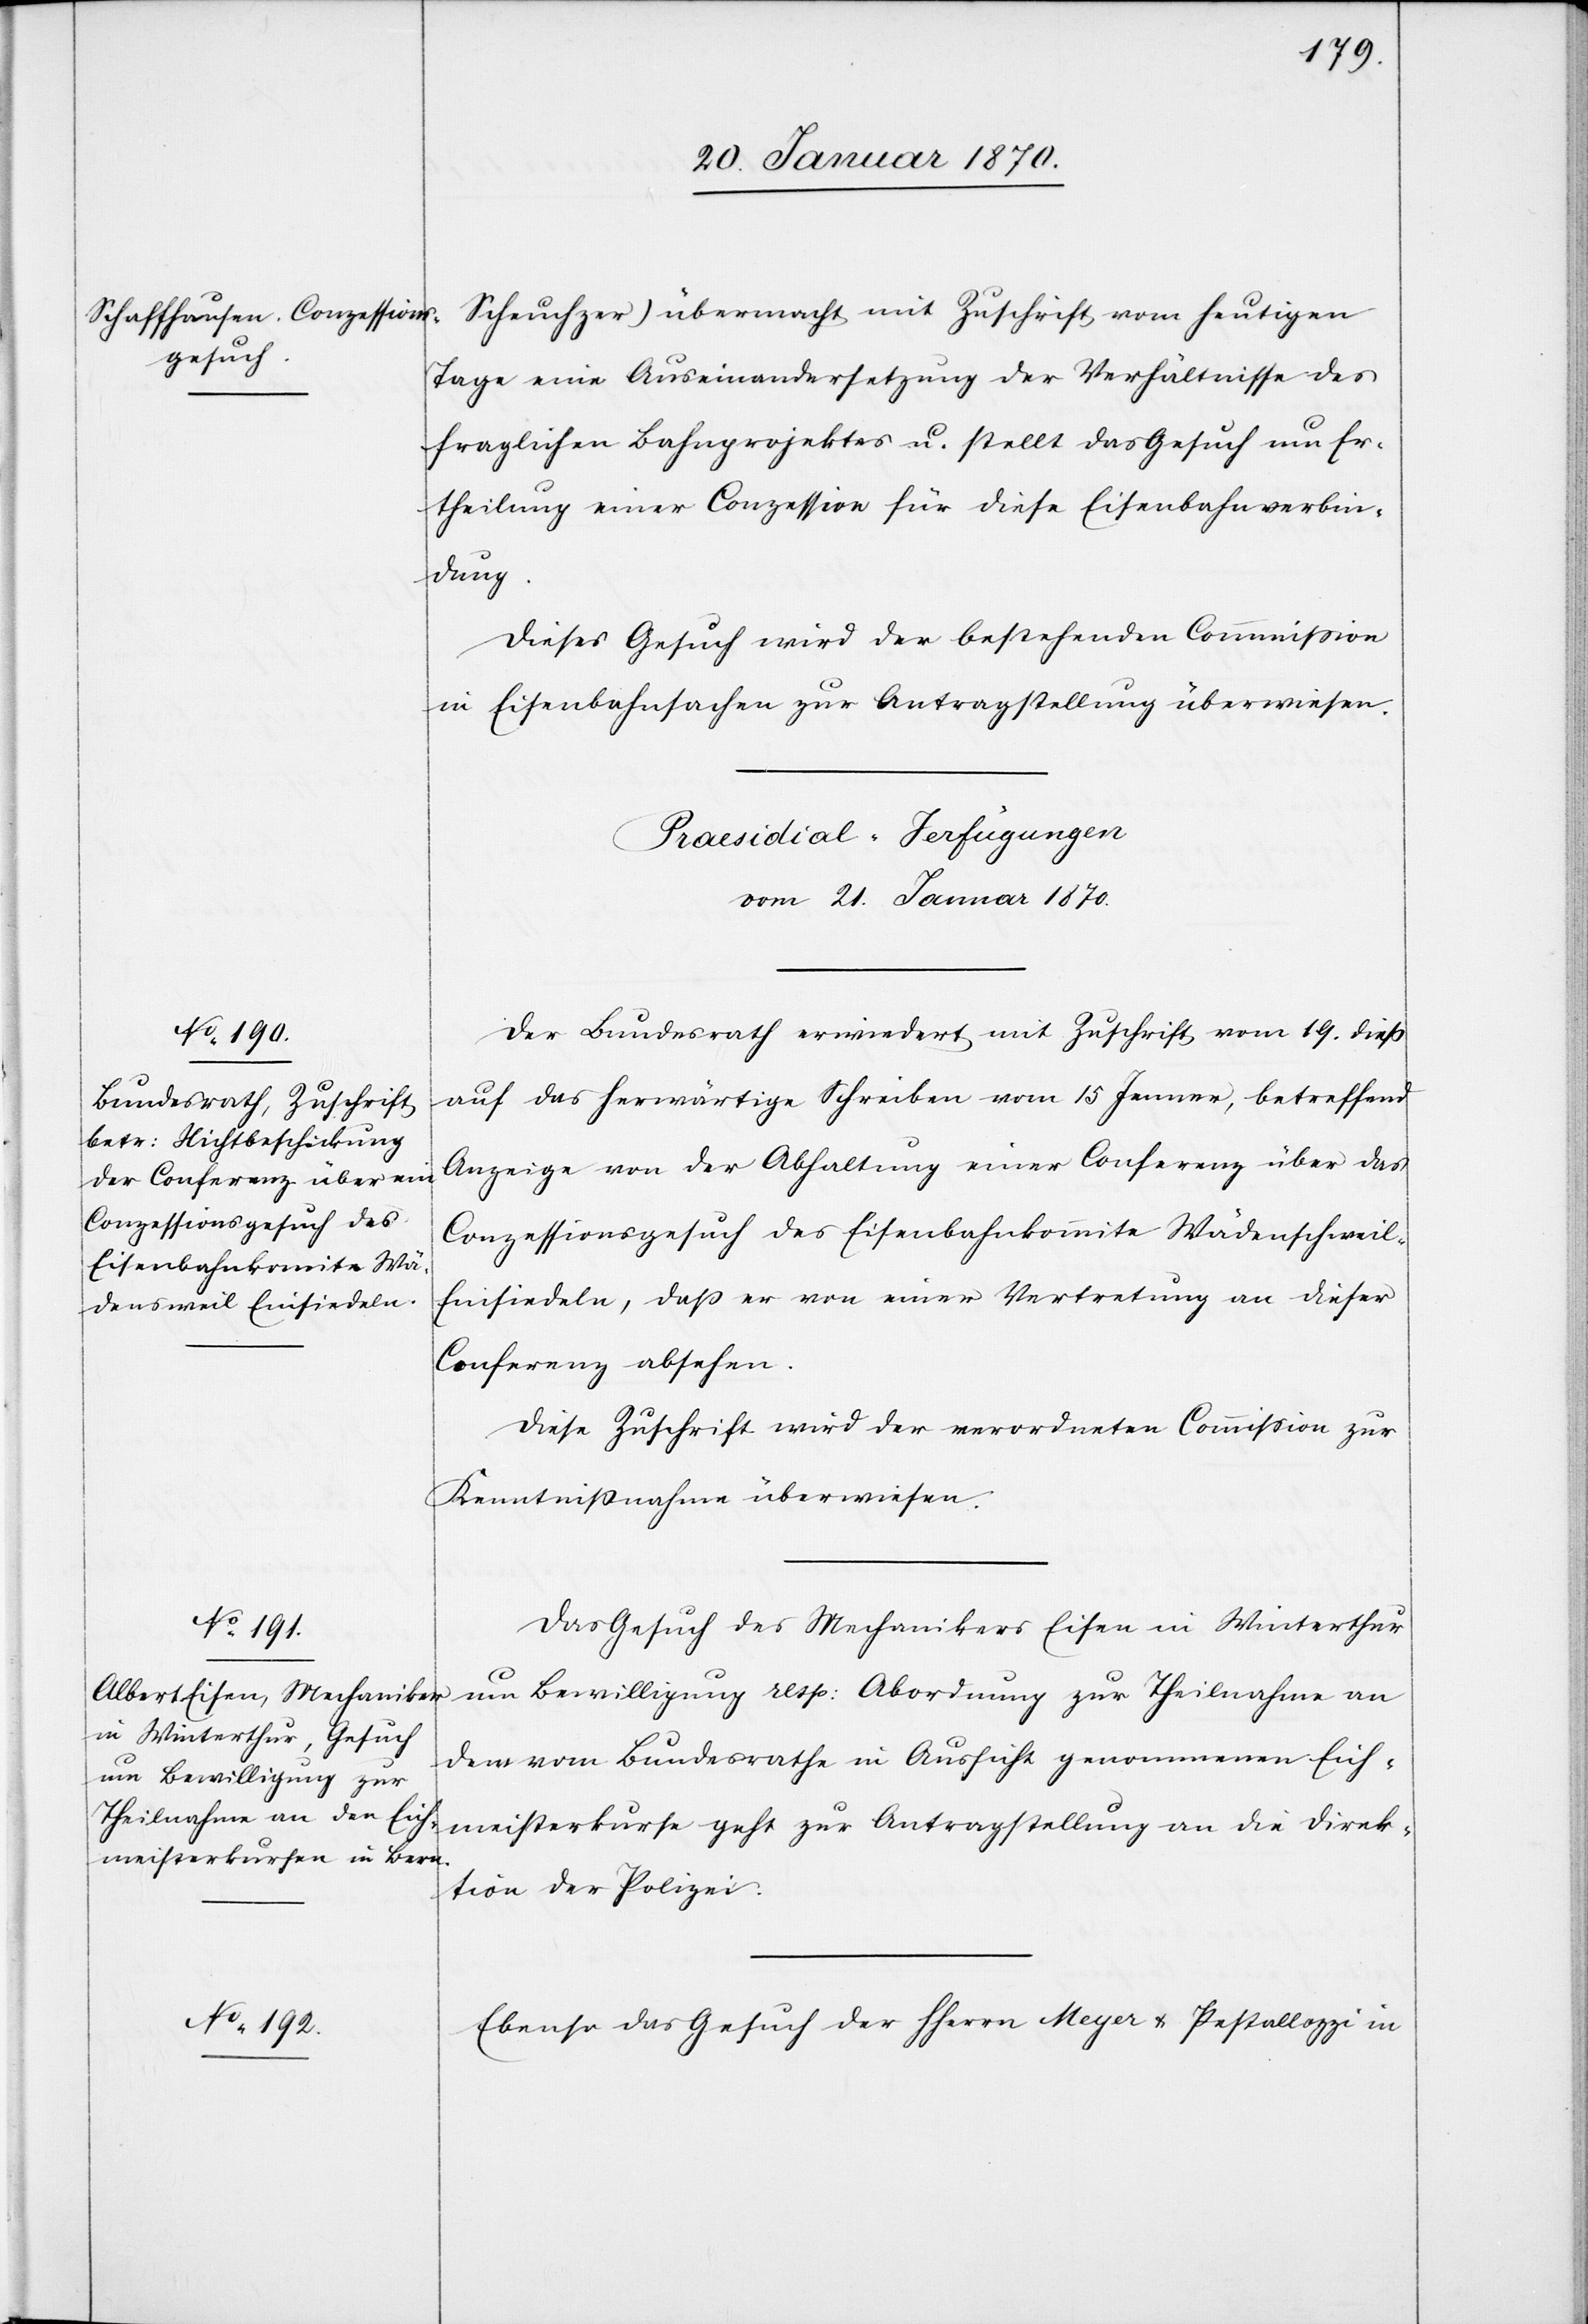
Scheuchzer) übermacht mit Zuschrift vom heutigen
Tage eine Auseinandersetzung der Verhältnisse des
fraglichen Bahnprojektes u. stellt das Gesuch um Er¬
theilung einer Conzession für diese Eisenbahnverbin¬
dung.
Dieses Gesuch wird der bestehenden Commission
in Eisenbahnsachen zur Antragstellung überwiesen.
[Praesidial-Verfügungen
vom 21. Januar 1870.]
Der Bundesrath erwiedert mit Zuschrift vom 19. dieß
auf das herwärtige Schreiben vom 15 Jenner, betreffend
Anzeige von der Abhaltung einer Conferenz über das
Conzessionsgesuch des Eisenbahnkomite Wädenschweil-E¬
insiedeln, daß er von einer Vertretung an dieser
Conferenz absehen
Diese Zuschrift wird der verordneten Commission zur
Kenntnißnahme überwiesen.
Das Gesuch des Mechanikers Eisen in Winterthur
um Bewilligung resp: Abordnung zur Theilnahme an
dem vom Bundesrathe in Aussicht genommenen Eich¬
meisterkurse geht zur Antragstellung an die Direk¬
tion der Polizei.
Ebenso das Gesuch der HHerrn Meyer u. Pestallozzi